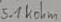
Text: 5.1kohm